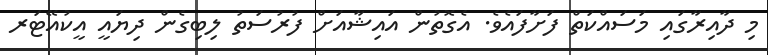
މި ދާއިރާގައި މަސައްކަތް ފަށާފައެވެ. އެގޮތުން އައިޝާއަށް ފުރުސަތު ލިބިގެން ދިޔައީ އީކުއޭޓަރ